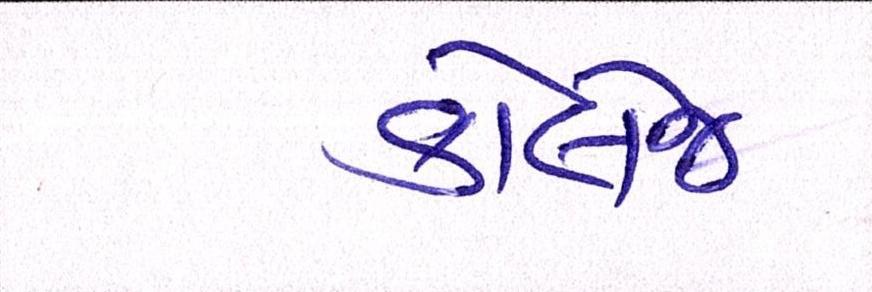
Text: કોલેજ